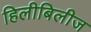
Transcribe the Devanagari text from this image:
हिलीबिलीज